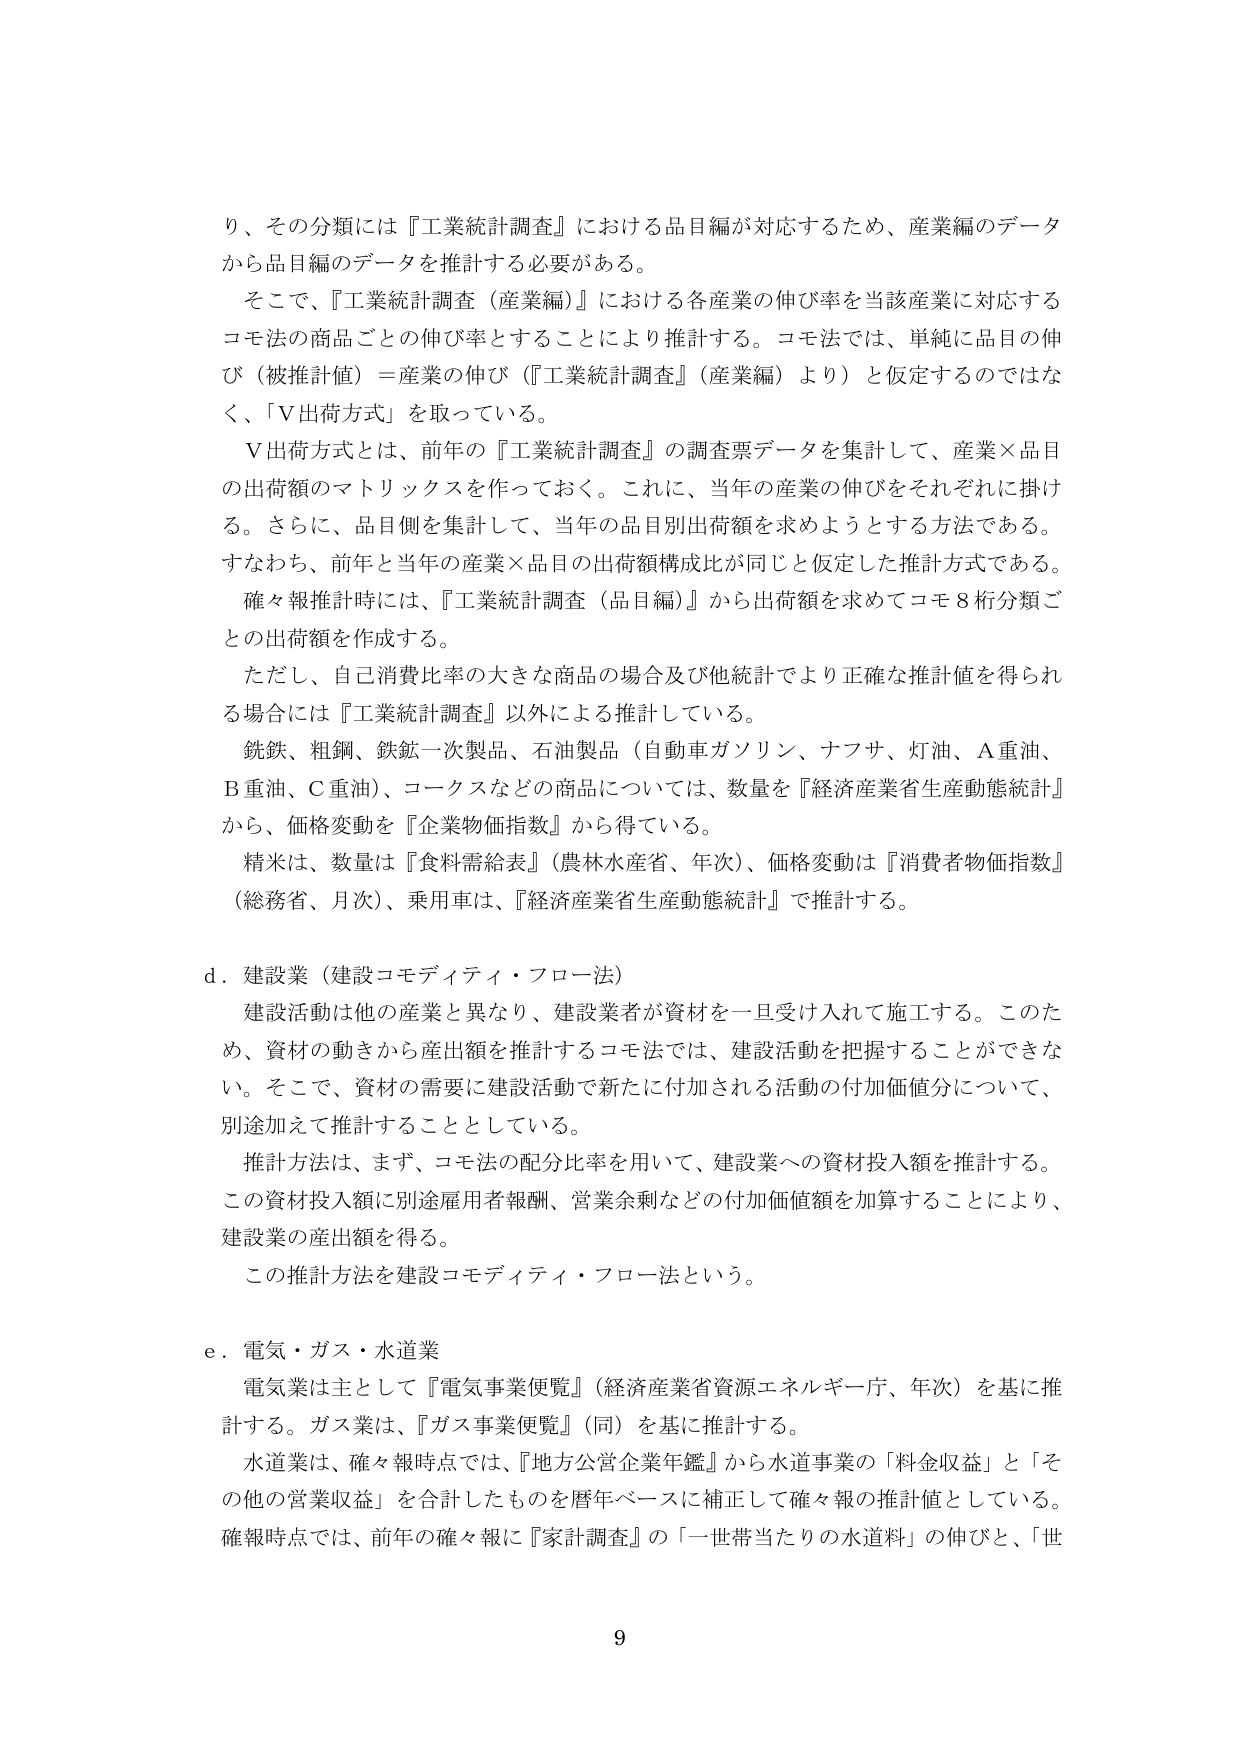
り、その分類には『工業統計調査』における品目編が対応するため、産業編のデータから品目編のデータを推計する必要がある。

そこで、『工業統計調査（産業編）』における各産業の伸び率を当該産業に対応するコモ法の商品ごとの伸び率とすることにより推計する。コモ法では、単純に品目の伸び（被推計値）＝産業の伸び（『工業統計調査』（産業編）より）と仮定するのではなく、「V出荷方式」を取っている。

V出荷方式とは、前年の『工業統計調査』の調査票データを集計して、産業×品目の出荷額のマトリックスを作っておく。これに、当年の産業の伸びをそれぞれに掛け る。さらに、品目側を集計して、当年の品目別出荷額を求めようとする方法である。すなわち、前年と当年の産業×品目の出荷額構成比が同じと仮定した推計方式である。

確々報推計時には、『工業統計調査（品目編）』から出荷額を求めてコモ８桁分類ごとの出荷額を作成する。

ただし、自己消費比率の大きな商品の場合及び他統計でより正確な推計値を得られる場合には『工業統計調査』以外による推計している。

鉄鉄、粗鋼、鉄鉄一次製品、石油製品（自動車ガソリン、ナフサ、灯油、Ａ重油、Ｂ重油、Ｃ重油）、コークスなどの商品については、数量を『経済産業省生産動態統計』から、価格変動を『企業物価指数』から得ている。

精米は、数量は『食料需給表』（農林水産省、年次）、価格変動は『消費者物価指数』（総務省、月次）、乗用車は、『経済産業省生産動態統計』で推計する。

d．建設業（建設コモディティ・フロー法）

建設活動は他の産業と異なり、建設業者が資材を一旦受け入れて施工する。このため、資材の動きから産出額を推計するコモ法では、建設活動を把握することができない。そこで、資材の需要に建設活動で新たに付加される活動の付加価値分について、別途加えて推計することとしている。

推計方法は、まず、コモ法の配分比率を用いて、建設業への資材投入額を推計する。この資材投入額に別途雇用者報酬、営業余剰などの付加価値額を加算することにより、建設業の産出額を得る。

この推計方法を建設コモディティ・フロー法という。

e．電気・ガス・水道業

電気業は主として『電気事業便覧』（経済産業省資源エネルギー庁、年次）を基に推計する。ガス業は、『ガス事業便覧』（同）を基に推計する。

水道業は、確々報時点では、『地方公営企業年鑑』から水道事業の「料金収益」と「その他の営業収益」を合計したものを暦年ベースに補正して確々報の推計値としている。確報時点では、前年の確々報に『家計調査』の「一世帯当たりの水道料」の伸びと、「世

9